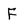
Character: F